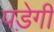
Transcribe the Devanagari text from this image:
पडे़गी